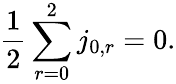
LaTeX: {\frac{1}{2}}\sum_{r=0}^{2}j_{0,r}=0.